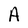
Character: A